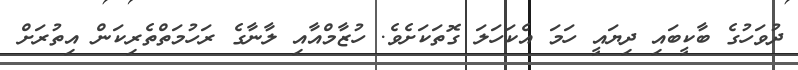
ދުވަހުގެ ބާކީބައި ދިޔައީ ހަމަ އެކަހަލަ ގޮތަކަށެވެ. ހުޒާމްއާއި ލާނާގެ ރަހުމަތްތެރިކަން އިތުރަށް